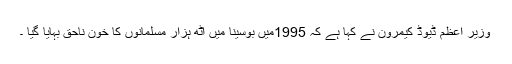
وزیر اعظم ڈیوڈ کیمرون نے کہا ہے کہ 1995میں بوسینا میں آٹھ ہزار مسلمانوں کا خون ناحق بہایا گیا ۔